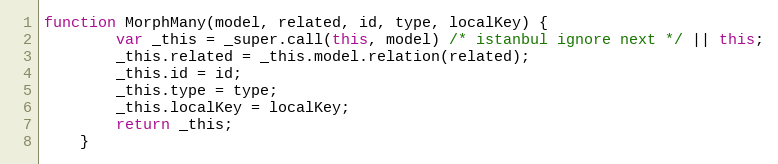
Language: JavaScript
function MorphMany(model, related, id, type, localKey) {
        var _this = _super.call(this, model) /* istanbul ignore next */ || this;
        _this.related = _this.model.relation(related);
        _this.id = id;
        _this.type = type;
        _this.localKey = localKey;
        return _this;
    }